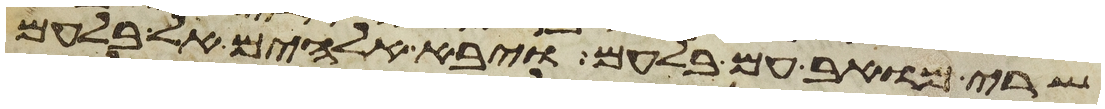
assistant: שרי מואב עם בלעם ויבא אלהים אל בלעם